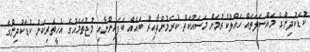
ކުޑަކުދިންގެ މައްސަލަތައް ހައްލުކުރުމަށް މަސައްކަތް ކުރަމުންދާއިރު ބައެއް ބަފައިންނާއި މުޖުތަމައުގެ އެހީތެރިކަން ކުޑަކުދިންގެ